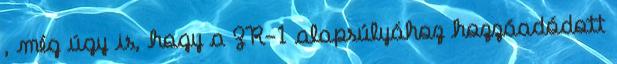
, még úgy is, hogy a ZR-1 alapsúlyához hozzáadódott